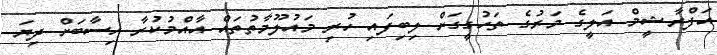
އަފްރާޝީމް އަލީގެ މަރުގެ ތަހުގީގަށް ލިބިފައި ހުރި މައުލޫމާތުތައް އާއްމުކުރާ ހިސާބަށް ދިޔަ